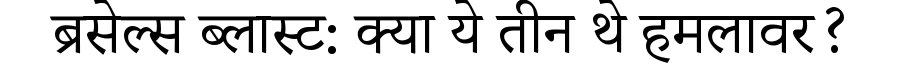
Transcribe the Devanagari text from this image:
ब्रसेल्स ब्लास्ट: क्या ये तीन थे हमलावर?